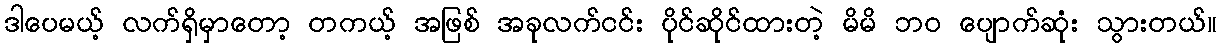
ဒါပေမယ့် လက်ရှိမှာတော့ တကယ့် အဖြစ် အခုလက်ငင်း ပိုင်ဆိုင်ထားတဲ့ မိမိ ဘဝ ပျောက်ဆုံး သွားတယ်။